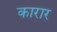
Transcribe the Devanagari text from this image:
कारार